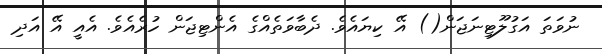
ނުވަތަ އަގުލޫޓިނަޖަން() އޭ ކިޔައެވެ. ދެބާވަތެއްގެ އެންޓިޖަން ހުރެއެވެ. އެއީ އޭ އަދި